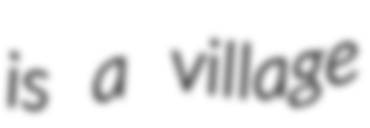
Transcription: is a village